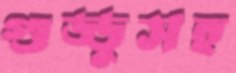
গুড্ডুসহ